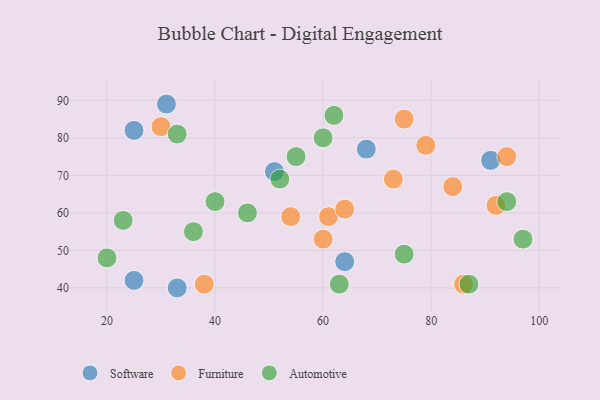
{"axis": {"x": "GDP", "y": "Life Expectancy"}, "legend": ["Automotive", "Furniture", "Software"], "data": [{"x": "33", "y": 40, "type": "Software"}, {"x": "51", "y": 71, "type": "Software"}, {"x": "68", "y": 77, "type": "Software"}, {"x": "91", "y": 74, "type": "Software"}, {"x": "25", "y": 82, "type": "Software"}, {"x": "31", "y": 89, "type": "Software"}, {"x": "25", "y": 42, "type": "Software"}, {"x": "64", "y": 47, "type": "Software"}, {"x": "94", "y": 75, "type": "Furniture"}, {"x": "86", "y": 41, "type": "Furniture"}, {"x": "61", "y": 59, "type": "Furniture"}, {"x": "84", "y": 67, "type": "Furniture"}, {"x": "64", "y": 61, "type": "Furniture"}, {"x": "73", "y": 69, "type": "Furniture"}, {"x": "79", "y": 78, "type": "Furniture"}, {"x": "92", "y": 62, "type": "Furniture"}, {"x": "75", "y": 85, "type": "Furniture"}, {"x": "38", "y": 41, "type": "Furniture"}, {"x": "30", "y": 83, "type": "Furniture"}, {"x": "60", "y": 53, "type": "Furniture"}, {"x": "54", "y": 59, "type": "Furniture"}, {"x": "33", "y": 81, "type": "Automotive"}, {"x": "40", "y": 63, "type": "Automotive"}, {"x": "87", "y": 41, "type": "Automotive"}, {"x": "52", "y": 69, "type": "Automotive"}, {"x": "75", "y": 49, "type": "Automotive"}, {"x": "46", "y": 60, "type": "Automotive"}, {"x": "36", "y": 55, "type": "Automotive"}, {"x": "55", "y": 75, "type": "Automotive"}, {"x": "20", "y": 48, "type": "Automotive"}, {"x": "94", "y": 63, "type": "Automotive"}, {"x": "62", "y": 86, "type": "Automotive"}, {"x": "23", "y": 58, "type": "Automotive"}, {"x": "97", "y": 53, "type": "Automotive"}, {"x": "60", "y": 80, "type": "Automotive"}, {"x": "63", "y": 41, "type": "Automotive"}]}